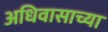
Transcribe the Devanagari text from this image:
अधिवासाच्या